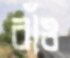
বাঁও